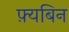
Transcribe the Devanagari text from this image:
फ़्यबिन